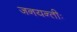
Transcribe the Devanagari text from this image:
जनयन्तीः